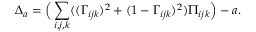
\Delta _ { a } = \Big ( \sum _ { i , j , k } ( ( \Gamma _ { i j k } ) ^ { 2 } + ( 1 - \Gamma _ { i j k } ) ^ { 2 } ) \Pi _ { i j k } \Big ) - a .